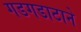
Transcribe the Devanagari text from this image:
गडगडाटाने